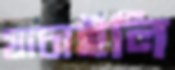
যাচাইলি